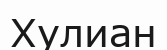
Хулиан